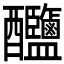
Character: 𨤎